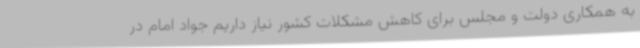
به همکاری دولت و مجلس برای کاهش مشکلات کشور نیاز داریم جواد امام در